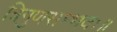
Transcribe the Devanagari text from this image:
त्रिगुणसम्भवः॥